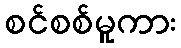
စင်စစ်မူကား